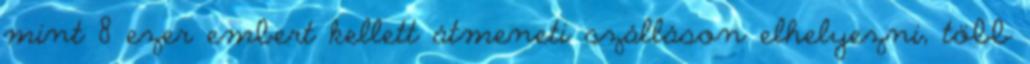
mint 8 ezer embert kellett átmeneti szálláson elhelyezni, több